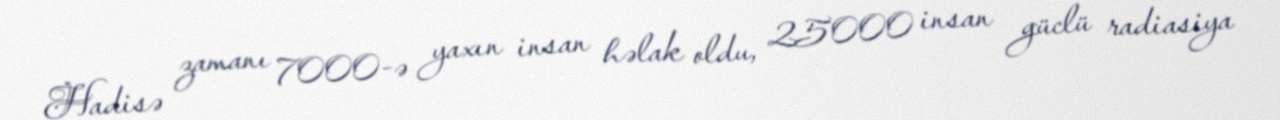
Hadisə zamanı 7000-ə yaxın insan həlak oldu, 25000 insan güclü radiasiya